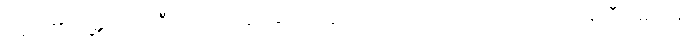
ခေါင်း၏ရှေ့မှ အရင်ဦးအောင် သွားနှင့်ကြသူတို့ က ခေါင်းဘက်သို့ လှည်၍ မြေကြီးခဲများဖြင့်